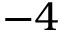
- 4